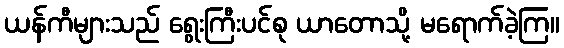
ယန်ကီများသည် ရွေးကြီးပင်စု ယာတောသို့ မရောက်ခဲ့ကြ။